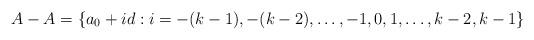
LaTeX: \begin{align*}A-A = \{a_0 + id: i = -(k-1), -(k-2),\ldots, -1, 0,1,\ldots, k-2, k-1\}\end{align*}